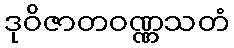
ဒုဝိဇာတဝဏ္ဏသတံ